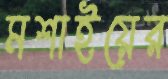
মশাইয়ের